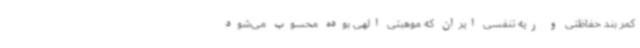
کمر بند حفاظتی و ریه تنفسی ایران که موهبتی الهی بوده محسوب می‌شود